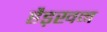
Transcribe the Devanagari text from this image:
हैड़खन